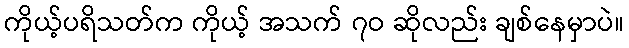
ကိုယ့်ပရိသတ်က ကိုယ့် အသက် ၇ဝ ဆိုလည်း ချစ်နေမှာပဲ။